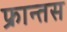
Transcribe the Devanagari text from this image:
फ्रान्तस